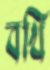
বখি